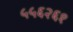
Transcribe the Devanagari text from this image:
५५६२६१